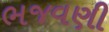
ભજવણી